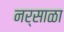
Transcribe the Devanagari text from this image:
नर्साळा